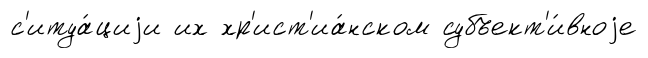
с'итуа́циjи их хр'ист'иа́нском субъект'и́вноjе